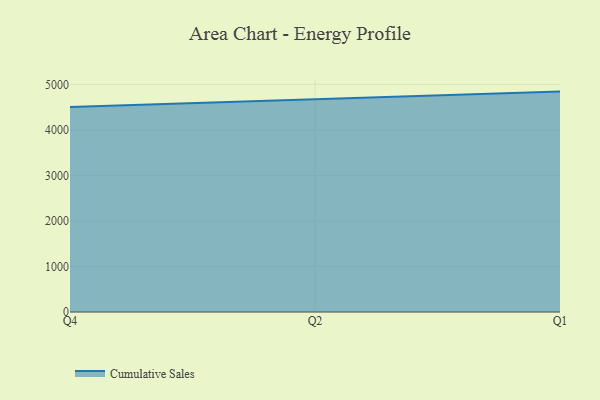
{"axis": {"x": "Quarter", "y": "Demand Index"}, "legend": ["Cumulative Sales"], "data": [{"x": "Q4", "y": 4502.4, "type": "Cumulative Sales"}, {"x": "Q2", "y": 4666.7, "type": "Cumulative Sales"}, {"x": "Q1", "y": 4843.3, "type": "Cumulative Sales"}]}